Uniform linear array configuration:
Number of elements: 32
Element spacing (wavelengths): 0.25
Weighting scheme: exponential
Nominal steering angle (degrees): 30
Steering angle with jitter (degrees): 29.885
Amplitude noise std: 0.05
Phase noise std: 0.05

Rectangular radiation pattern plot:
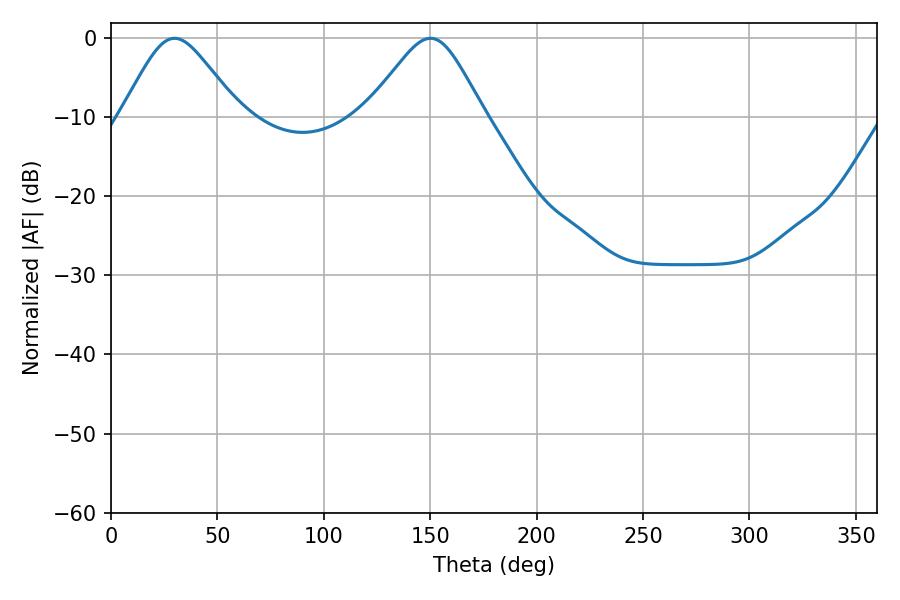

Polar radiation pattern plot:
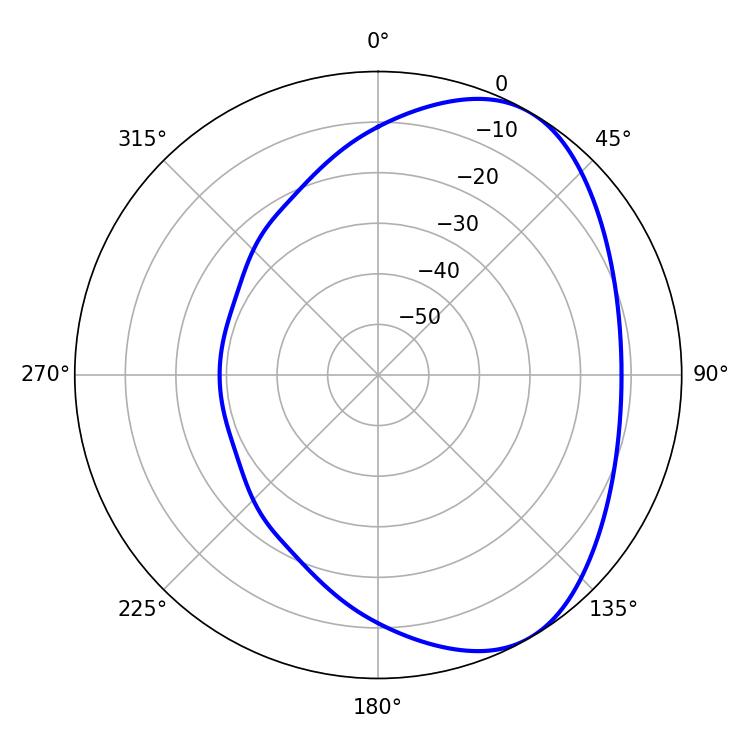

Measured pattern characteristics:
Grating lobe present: FALSE
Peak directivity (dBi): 5.128
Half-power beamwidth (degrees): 26.82
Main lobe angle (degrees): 29.88